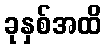
ခုနှစ်အထိ